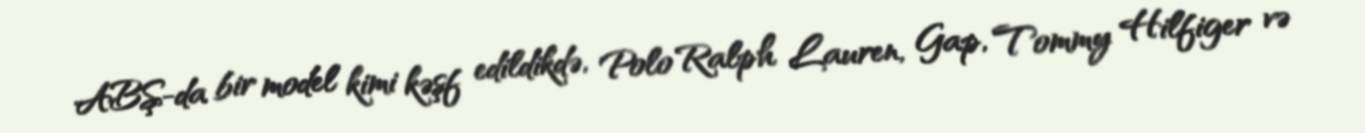
ABŞ-da bir model kimi kəşf edildikdə, Polo Ralph Lauren, Gap, Tommy Hilfiger və